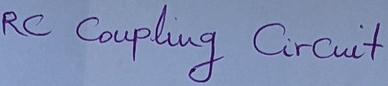
Text: RC Coupling Circuit